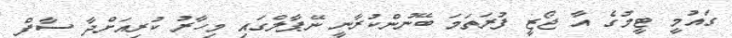
ގައުމީ ޓީމުގެ އާ ޖޯޒީ ފުރަތަަމަ ބޭނުންކުރާނީ ނޭޕާލްގައި މިހާރު ކުރިއަށްދާ ސާފް